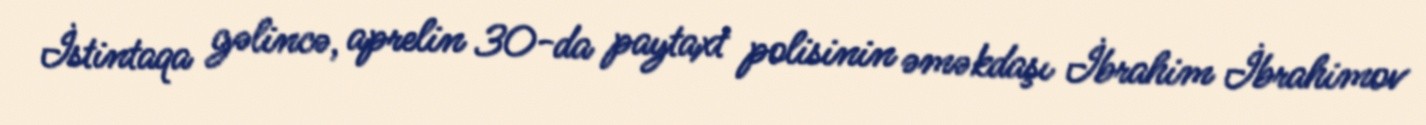
İstintaqa gəlincə, aprelin 30-da paytaxt polisinin əməkdaşı İbrahim İbrahimov